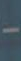
-